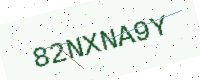
Text: 82NXNA9Y